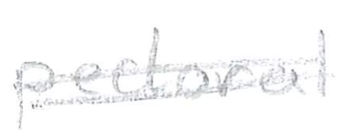
Text: pectoral
Cross-out: mix
Writing tool: pencil